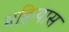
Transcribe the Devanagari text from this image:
महिन्यास